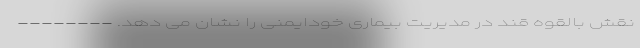
نقش بالقوه قند در مدیریت بیماری خودایمنی را نشان می دهد. --------